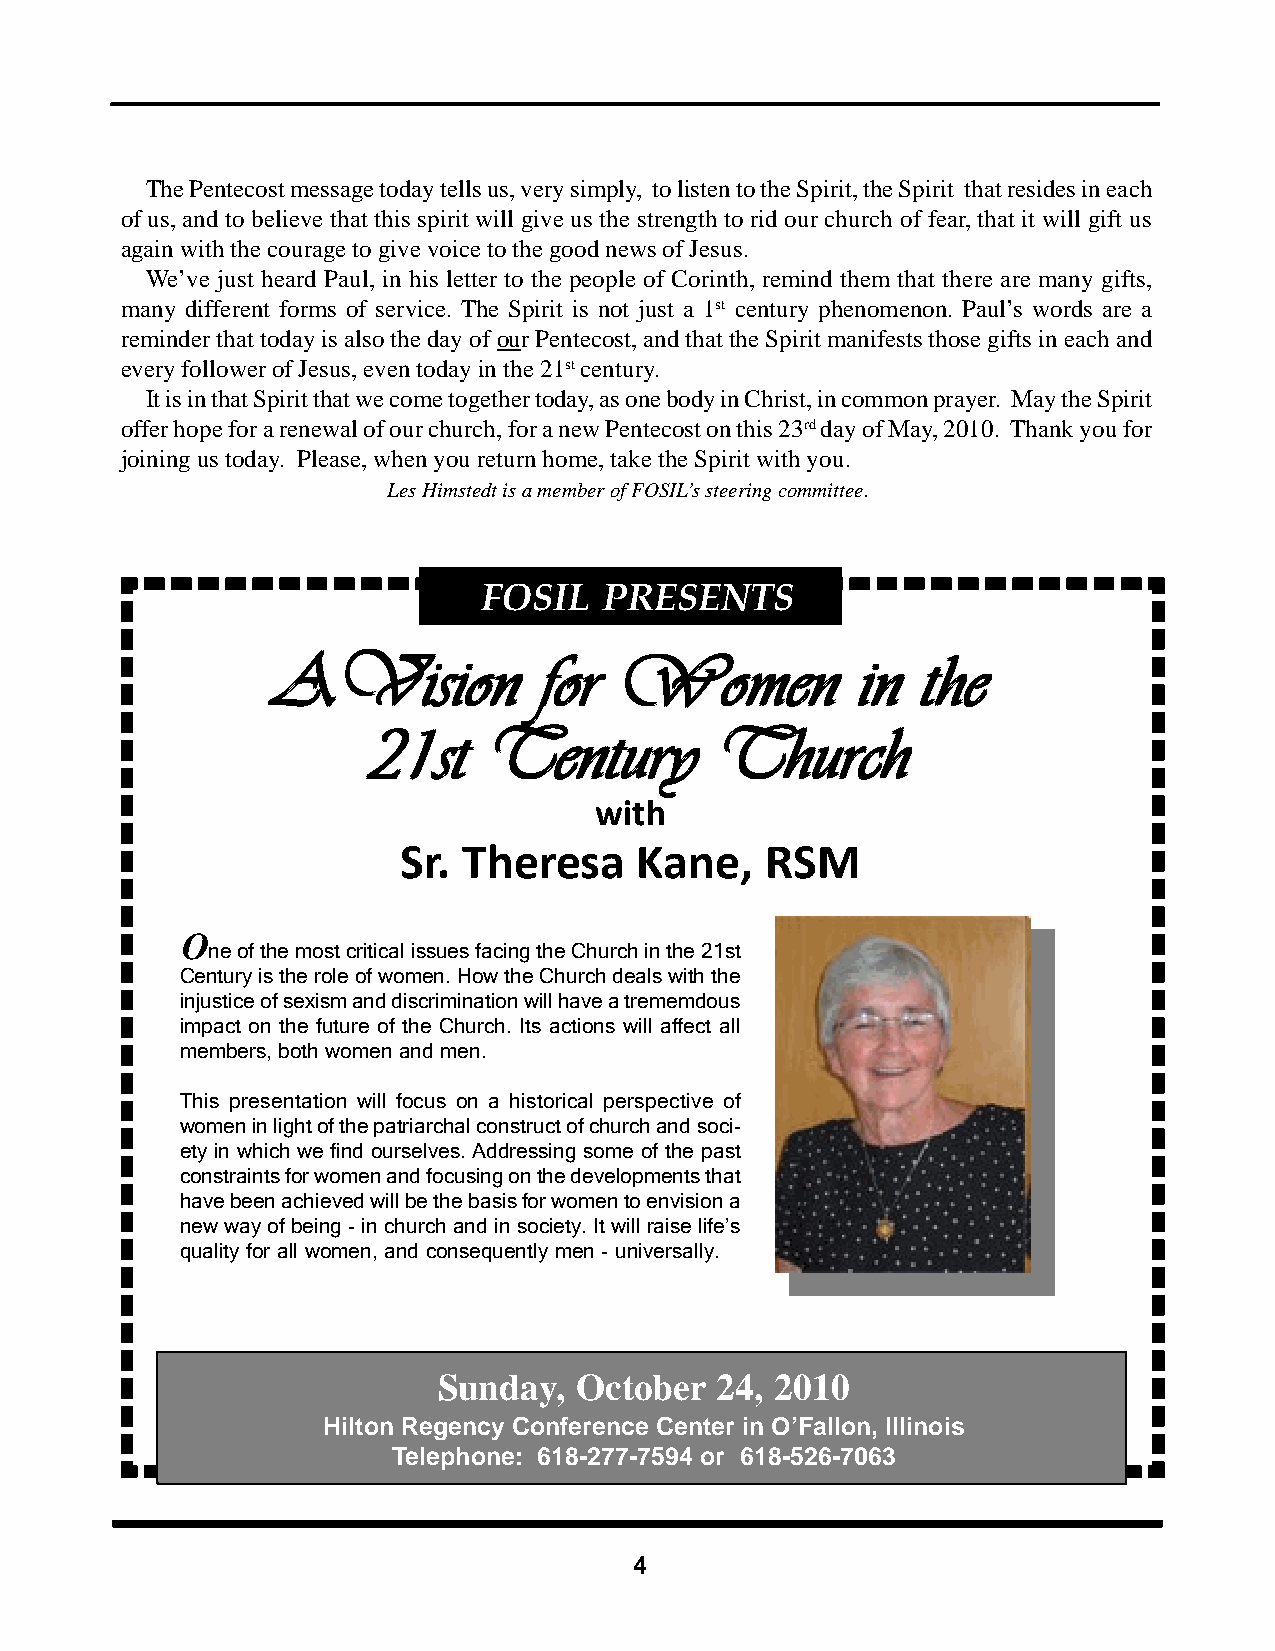
The Pentecost message today tells us, very simply, to listen to the Spirit, the Spirit that resides in each
 of us, and to believe that this spirit will give us the strength to rid our church of fear, that it will gift us
 again with the courage to give voice to the good news of Jesus.
 We’ve just heard Paul, in his letter to the people of Corinth, remind them that there are many gifts,
 many different forms of service. The Spirit is not just a 1st century phenomenon. Paul’s words are a
 reminder that today is also the day of our Pentecost, and that the Spirit manifests those gifts in each and
 every follower of Jesus, even today in the 21st century.
 It is in that Spirit that we come together today, as one body in Christ, in common prayer. May the Spirit
 offer hope for a renewal of our church, for a new Pentecost on this 23rd day of May, 2010. Thank you for
 joining us today. Please, when you return home, take the Spirit with you.
 Les Himstedt is a member of FOSIL’s steering committee.
 FOSIL   PRESENTS
 AAAAAVVVVViiiiisssssiiiiiooooonnnnn fffffooooorrrrr WWWWWooooommmmmeeeeennnnn iiiiinnnnn ttttthhhhheeeee
 2222211111sssssttttt TTTTTeeeeennnnntttttuuuuurrrrryyyyy TTTTThhhhhuuuuurrrrrccccchhhhh
 with
 Sr.  Theresa    Kane,    RSM
 O
 ne of the most critical issues facing the Church in the 21st
 Century is the role of women. How the Church deals with the
 injustice of sexism and discrimination will have a trememdous
 impact on the future of the Church. Its actions will affect all
 members, both women and men.
 This presentation will focus on a historical perspective of
 women in light of the patriarchal construct of church and soci-
 ety in which we find ourselves. Addressing some of the past
 constraints for women and focusing on the developments that
 have been achieved will be the basis for women to envision a
 new way of being - in church and in society. It will raise life’s
 quality for all women, and consequently men - universally.
 Sunday,  October   24, 2010
 Hilton Regency Conference Center in O’Fallon, Illinois
 Telephone: 618-277-7594 or 618-526-7063
 4